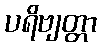
ပရိဗျတ္တာ